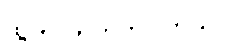
ထွက်လာတတ်ပါတယ်။